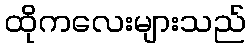
ထိုကလေးများသည်